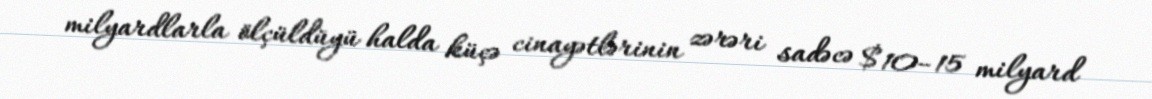
milyardlarla ölçüldüyü halda küçə cinayətlərinin zərəri sadəcə $10–15 milyard